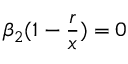
\beta _ { 2 } ( 1 - \frac { r } { x } ) = 0